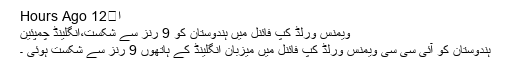
ا	12 Hours Ago
ویمنس ورلڈ کپ فائنل میں ہندوستان کو 9 رنز سے شکست،انگلینڈ چمپئین
ہندوستان کو آئی سی سی ویمنس ورلڈ کپ فائنل میں میزبان انگلینڈ کے ہاتھوں 9 رنز سے شکست ہوئی ۔